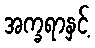
အက္ခရာနှင့်